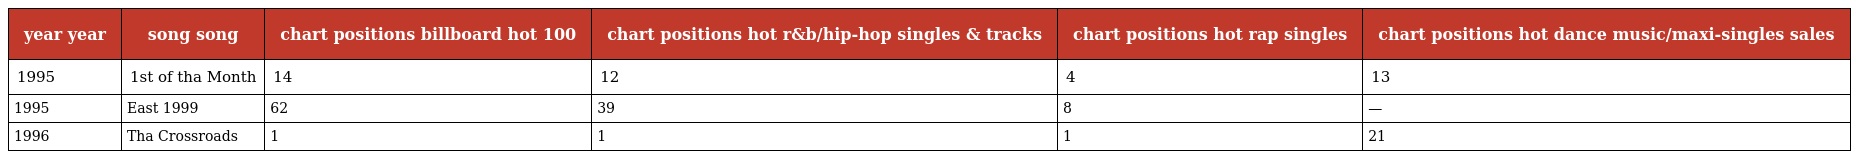
| year year | song song | chart positions billboard hot 100 | chart positions hot r&b/hip-hop singles & tracks | chart positions hot rap singles | chart positions hot dance music/maxi-singles sales |
 | --- | --- | --- | --- | --- | --- |
 | 1995 | 1st of tha Month | 14 | 12 | 4 | 13 |
 | 1995 | East 1999 | 62 | 39 | 8 | — |
 | 1996 | Tha Crossroads | 1 | 1 | 1 | 21 |